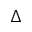
\Delta